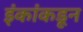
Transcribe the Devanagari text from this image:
इंकांकडून